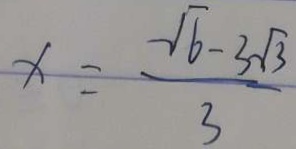
x = \frac { \sqrt { 6 } - 3 \sqrt { 3 } } { 3 }